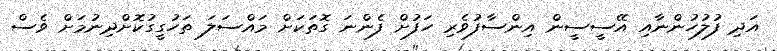
އަދި ފުލުުހުންނާއި އޭސީސީން އިންސާފުވެރި ހަފުށް ފެންނަ ގޮތަކަށް މައްސަލަ ތަހުގީގުކޮށްދިނުމަށް ވެސް